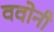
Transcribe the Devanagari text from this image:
ववोनी